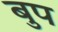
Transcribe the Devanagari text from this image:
बुप